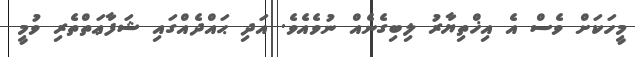
މީހަކަށް ވެސް އެ އިޚްތިޔާރު ލިބިގެނެއް ނުވެއެވެ. އަދި ޙައްދެއްގައި ޝަފާޢަތްތެރި ވުމީ